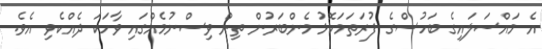
އެ މައްސަލައިގެ ބަހުސްގެ ފުރަތަމަކޮޅު މެންބަރުން ތިން ވިސްނުމެއްގައި ވާހަކަ ދެއްކެވި އެވެ.